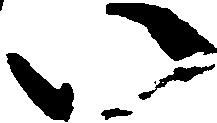
い